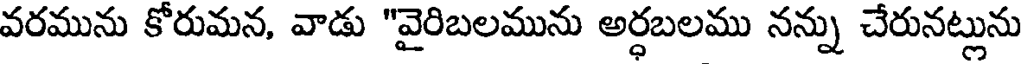
వరమును కోరుమన, వాడు "వైరిబలమును అర్ధబలము నన్ను చేరునట్లును